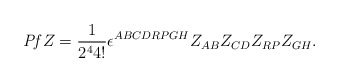
\begin{align*}{\it Pf}Z={1\over 2^44!}\epsilon^{ABCDRPGH}Z_{AB}Z_{CD}Z_{RP}Z_{GH}.\end{align*}